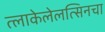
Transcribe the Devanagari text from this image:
त्लाकेलेलत्सिनचा